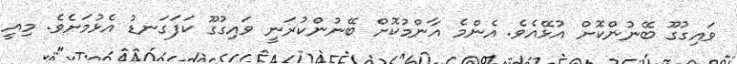
ވައިގުގޫ ބޭނުންކޮށް އުޅޭއެވެ. އެންމެ އާންމުކޮށް ބޭނުންކުރަނީ ވައިގުގޫ ކަފަގަނޑު އެޅުމަށެވެ. މިއީ